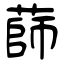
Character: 蒒